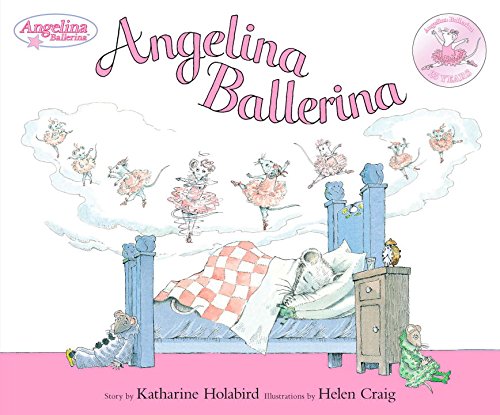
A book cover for Angelina Ballerina 25th Anniversary Edition; Katharine Holabird; Children's Books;